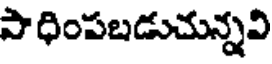
పా ధింపబడుచున్నవి